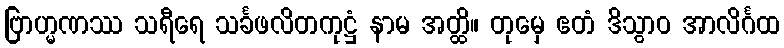
ဗြာဟ္မဏဿ သရီရေ သင်္ခဖလိတကုဋ္ဌံ နာမ အတ္ထိ။ တုမှေ ဧတံ ဒိသွာဝ အာလိင်္ဂထ